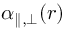
\alpha _ { \parallel , \bot } ( r )